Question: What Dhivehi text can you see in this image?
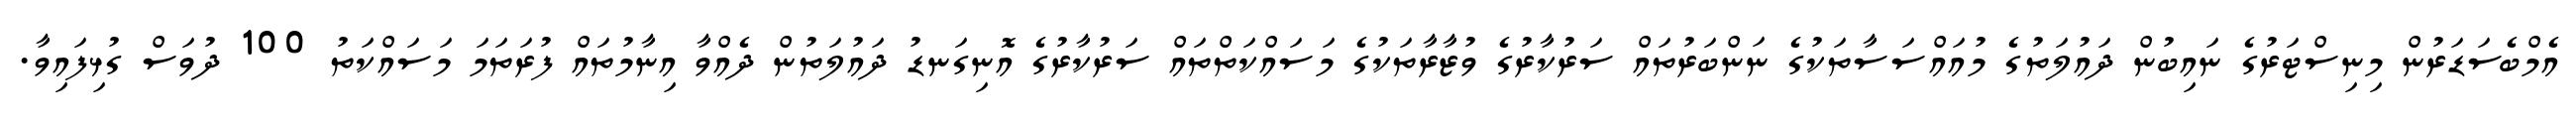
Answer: އެމްބެސަޑަރުން މިނިސްޓަރުގެ ނައިބުން ދައުލަތުގެ މުއައްސަސާތަކުގެ ނަންބަރުތައް ސަރުކާރުގެ ވުޒާރާތަކުގެ މަސައްކަތްތައް ސަރުކާރުގެ އޮނިގަނޑު ދައުލަތުން ދެއްވާ އިނާމުތައް ފުރަތަމަ މަސައްކަތު 100 ދުވަސް ގުޅިފައިވާ.